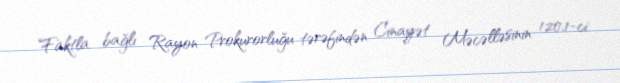
Faktla bağlı Rayon Prokurorluğu tərəfindən Cinayət Məcəlləsinin 120.1-ci